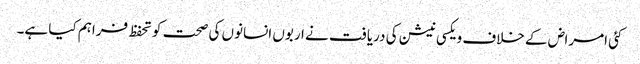
کئی امراض کے خلاف ویکسی نیشن کی دریافت نے اربوں انسانوں کی صحت کو تحفظ فراہم کیا ہے۔